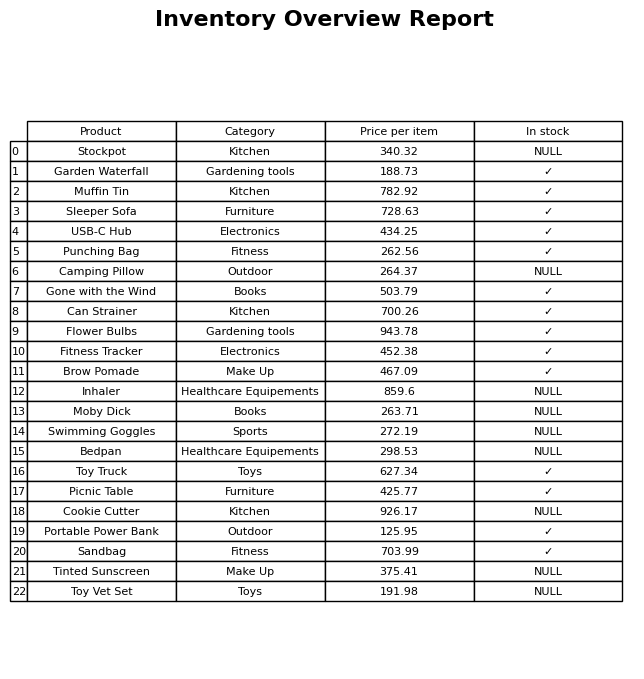
question: What category does the Muffin Tin belong to?
answer: Kitchen